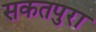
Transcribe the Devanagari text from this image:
सकतपुरा